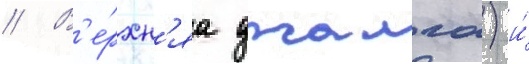
// В'е́рхн'яа джалга) и́